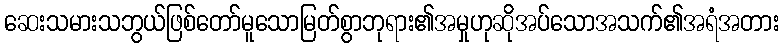
ဆေးသမားသဘွယ်ဖြစ်တော်မူသောမြတ်စွာဘုရား၏အမှုဟုဆိုအပ်သောအသက်၏အရံအတား